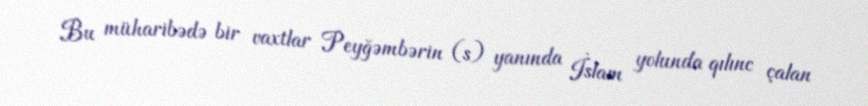
Bu müharibədə bir vaxtlar Peyğəmbərin (s) yanında İslam yolunda qılınc çalan